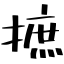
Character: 摭